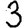
Digit: 3